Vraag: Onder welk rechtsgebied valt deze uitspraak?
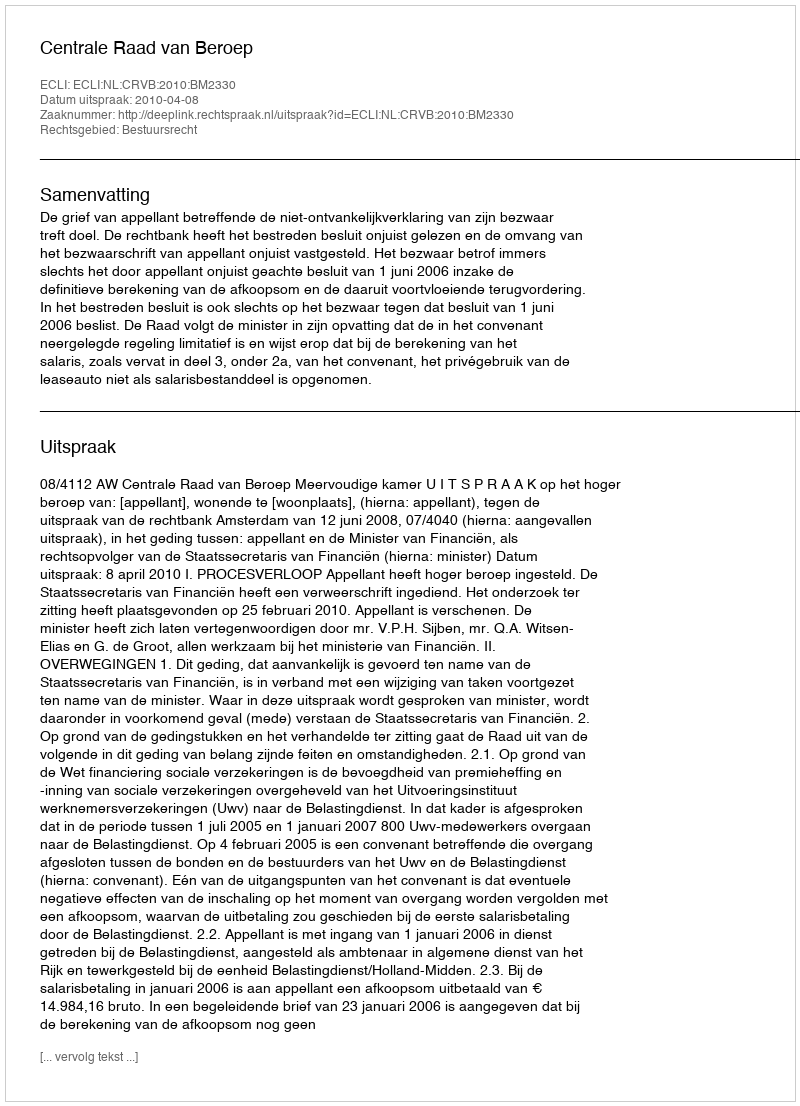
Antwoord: Bestuursrecht